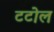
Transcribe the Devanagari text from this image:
टटोल